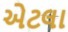
એટલા